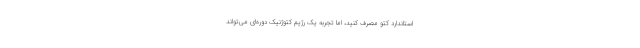
استاندارد کتو مصرف کنید، اما تجربهٔ یک رژیم کتوژنیک دوره‌ای می‌تواند